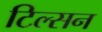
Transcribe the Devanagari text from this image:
टिल्सन